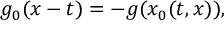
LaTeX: g _ { 0 } ( x - t ) = - g ( x _ { 0 } ( t , x ) ) ,